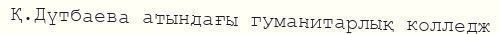
Қ.Дүтбаева атындағы гуманитарлық колледж